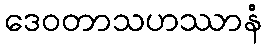
ဒေဝတာသဟဿာနံ